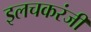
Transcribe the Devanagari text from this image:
इलचकरंजी